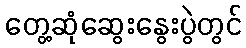
တွေ့ဆုံဆွေးနွေးပွဲတွင်